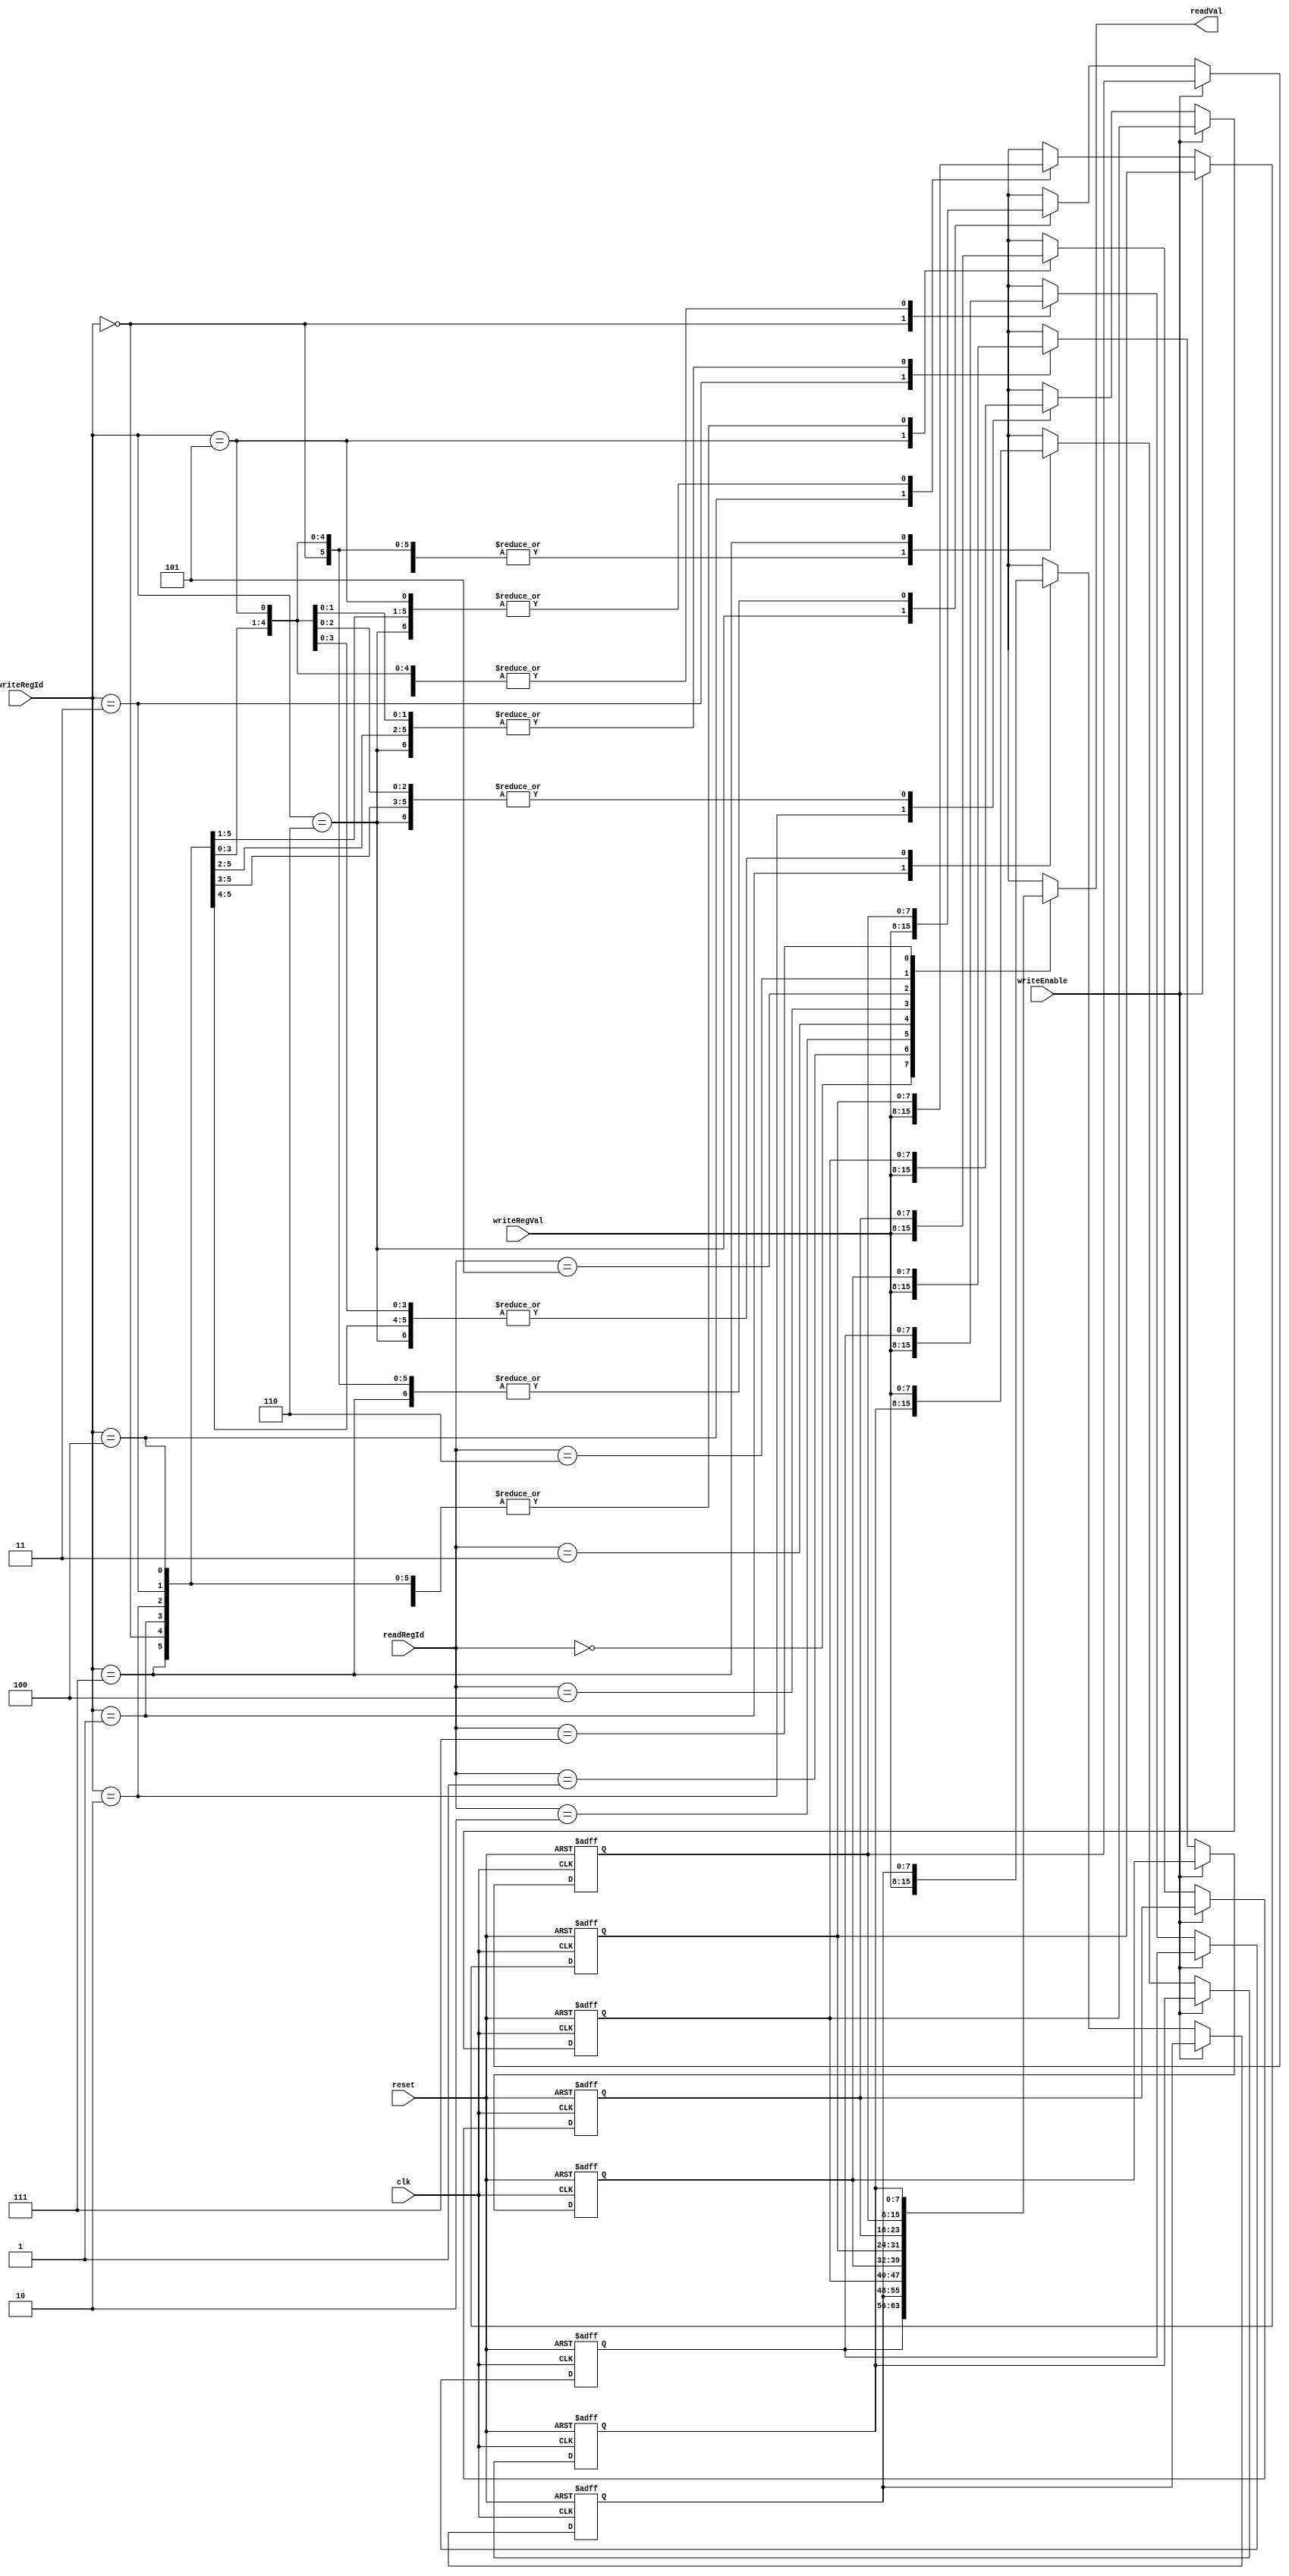
`timescale 1ns / 1ps
//////////////////////////////////////////////////////////////////////////////////
// 
// Module Name:    registerFile
//////////////////////////////////////////////////////////////////////////////////
module registerFile(
    input [2:0] readRegId,
    input [2:0] writeRegId,
    input [7:0] writeRegVal,
    input writeEnable,//active low
    input clk,
    input reset,//active low
    output [7:0] readVal
    );

//register bank
reg [7:0] mem[7:0];

//setup output
assign readVal = mem[readRegId];

//write and reset
always @(posedge clk, negedge reset) begin
 if(reset == 0)begin
	mem[0]=8'b00000000;
	mem[1]=8'b00000001;
	mem[2]=8'b00000010;
	mem[3]=8'b00000011;
	mem[4]=8'b00000100;
	mem[5]=8'b00000101;
	mem[6]=8'b00000110;
	mem[7]=8'b00000111;
 end
 else begin
	if(writeEnable==0) begin
		mem[writeRegId] = writeRegVal;
	end
 end
end

endmodule